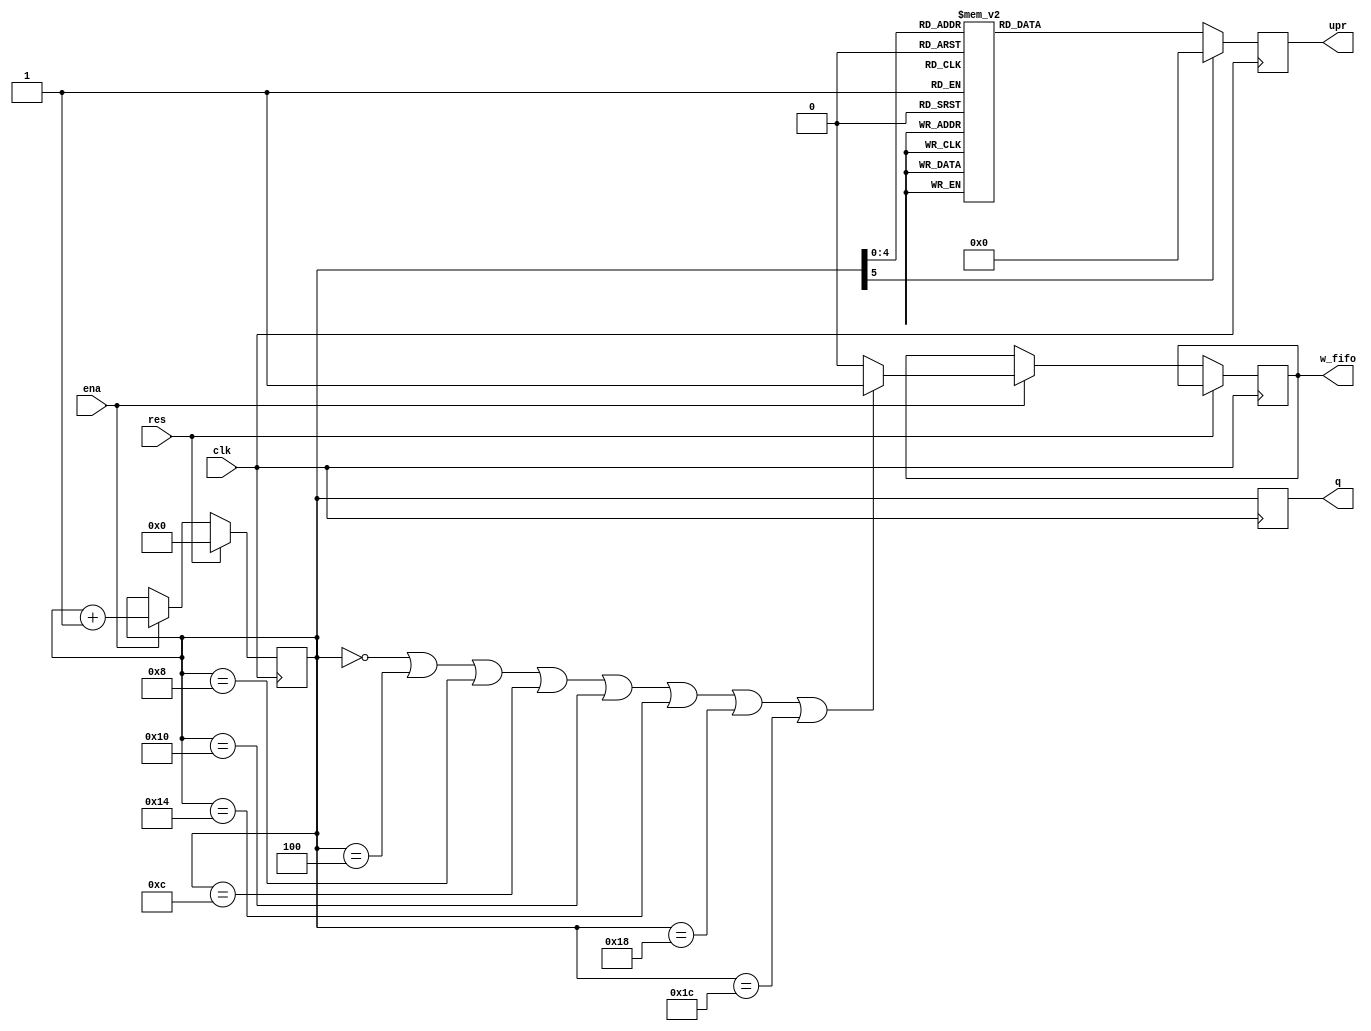
module cnt(clk,ena,res,upr,q,w_fifo);
	input clk, res, ena;
	output  reg[4:0] upr;
	output  reg [5:0] q;
	output  reg w_fifo;
	
	reg [5:0] cnt;
	
	always @(posedge clk )
	begin
	if(res)
		cnt<='b0;
	else
		if(ena)
		begin
			cnt<= cnt + 'b000001;
			if ( (cnt == 'd0) || (cnt == 'd4) || (cnt == 'd8) || (cnt == 'd12) || (cnt == 'd16) || (cnt == 'd20) || (cnt == 'd24) || (cnt == 'd28))
				w_fifo <= '1;
			else
				w_fifo <= '0;
		end
	q <= cnt;
	case(cnt)
	
	6'b000000: upr = 'b10000; 
	6'b000100: upr = 'b10001;
	6'b001000: upr = 'b10010;
	6'b001100: upr = 'b10011;
	6'b010000: upr = 'b10100;
	6'b010100: upr = 'b10101;
	6'b011000: upr = 'b10110;
	6'b011100: upr = 'b10111;
	default: upr = 'b0;
	endcase
	
	
	end
endmodule